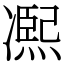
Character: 𠘑